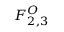
F _ { 2 , 3 } ^ { O }